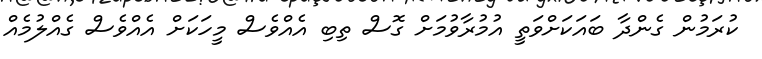
ކުރަމުން ގެންދާ ބައަކަށްވަތީ އުމުރާވުމަށް ގޮސް ތިބި އެއްވެސް މީހަކަށް އެއްވެސް ގެއްލުމެއް